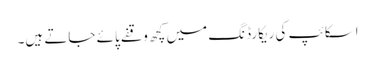
اسکائپ کی ریکارڈنگ میں کچھ وقفے پائے جاتے ہیں۔